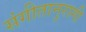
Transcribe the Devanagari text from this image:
संगीतानुरागी